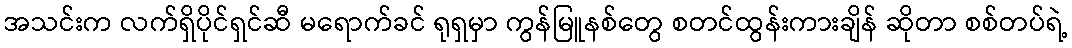
အသင်းက လက်ရှိပိုင်ရှင်ဆီ မရောက်ခင် ရုရှမှာ ကွန်မြူနစ်တွေ စတင်ထွန်းကားချိန် ဆိုတာ စစ်တပ်ရဲ့